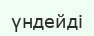
үндейді